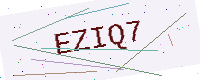
Text: EZIQ7